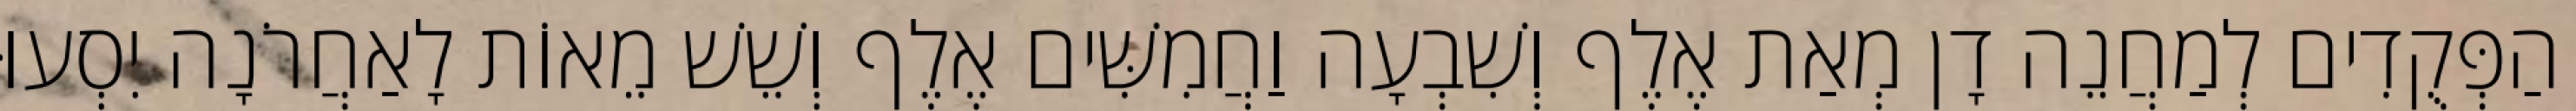
הַפְּקֻדִים לְמַחֲנֵה דָן מְאַת אֶלֶף וְשִׁבְעָה וַחֲמִשִּׁים אֶלֶף וְשֵׁשׁ מֵאוֹת לָאַחֲרֹנָה יִסְעוּ